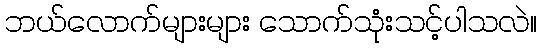
ဘယ်လောက်များများ သောက်သုံးသင့်ပါသလဲ။